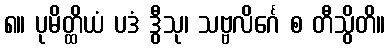
၈။ ပုမိတ္ထိယံ ပဒံ ဒွီသု၊ သဗ္ဗလိင်္ဂေ စ တီသွိတိ။